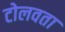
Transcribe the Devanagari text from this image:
टोलवता